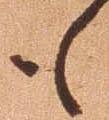
も